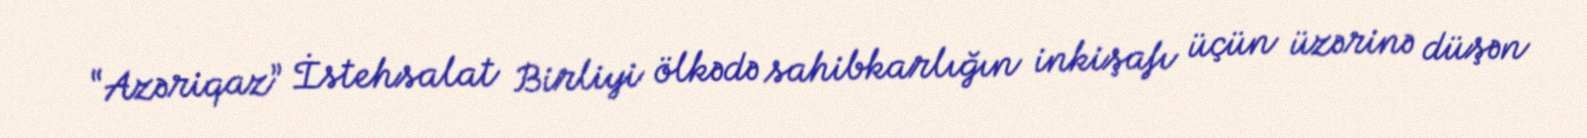
“Azəriqaz” İstehsalat Birliyi ölkədə sahibkarlığın inkişafı üçün üzərinə düşən